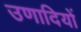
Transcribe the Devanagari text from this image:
उणादियों